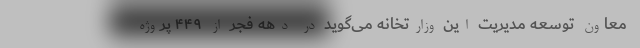
معاون توسعه مدیریت این وزارتخانه می‌گوید در دهه فجر از ۴۴۹ پروژه